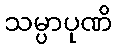
သမ္ပာပုဏိ